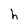
Character: h